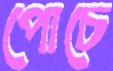
পোচে